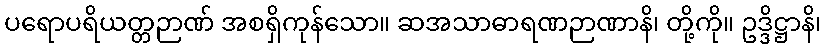
ပရောပရိယတ္တဉာဏ် အစရှိကုန်သော။ ဆအသာဓာရဏဉာဏာနိ၊ တို့ကို။ ဥဒ္ဒိဋ္ဌာနိ၊